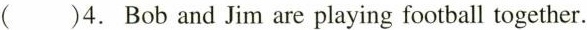
( )4. Bob and Jim are playing football together.